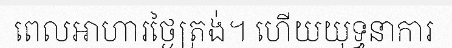
ពេលអាហារថ្ងៃត្រង់។ ហើយយុទ្ធនាការ